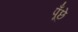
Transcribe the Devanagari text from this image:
पूँछे